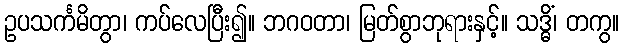
ဥပသင်္ကမိတွာ၊ ကပ်လေပြီး၍။ ဘဂဝတာ၊ မြတ်စွာဘုရားနှင့်။ သဒ္ဓိံ၊ တကွ။